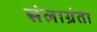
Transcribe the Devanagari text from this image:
संलाग्रंता